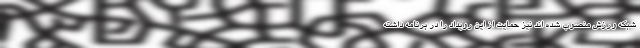
شبکه ورزش منصوب شده اند نیز حمایت از این رویداد را در برنامه داشته